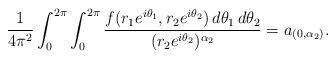
LaTeX: \begin{align*}\frac{1}{4\pi^2}\int_0^{2\pi}\int_0^{2\pi}\frac{f(r_1e^{i\theta_1},r_2e^{i\theta_2})\,d\theta_1\,d\theta_2}{(r_2e^{i\theta_2})^{\alpha_2}}=a_{(0,\alpha_2)}.\end{align*}